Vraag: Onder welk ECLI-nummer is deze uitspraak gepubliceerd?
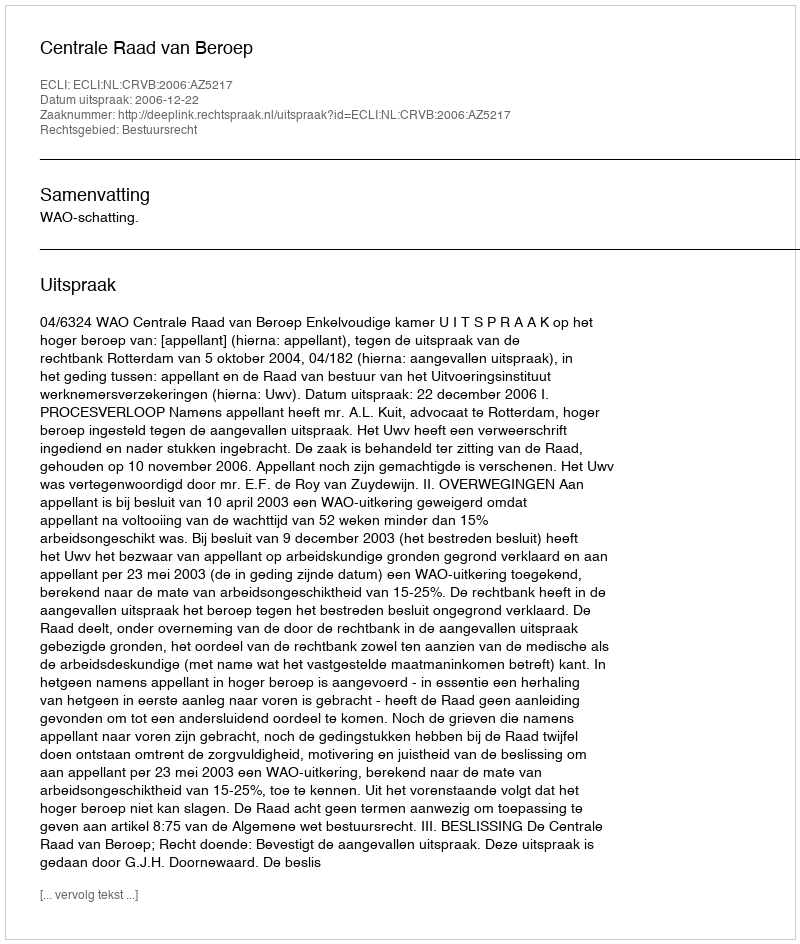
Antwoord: ECLI:NL:CRVB:2006:AZ5217